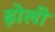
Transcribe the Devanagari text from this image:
ढ़ोली